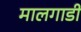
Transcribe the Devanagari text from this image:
मालगाडी